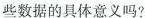
些数据的具体意义吗?